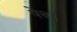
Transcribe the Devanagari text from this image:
पेच।